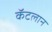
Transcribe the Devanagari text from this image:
कॅटलान